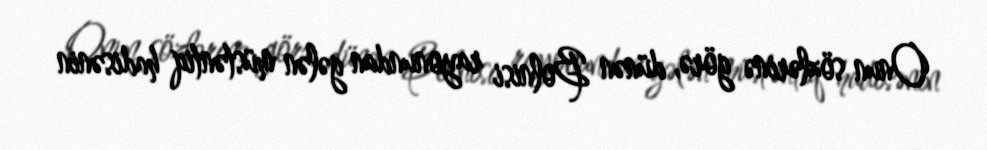
Onun sözlərinə görə, dünən Bolnisi rayonundan gələn müstəntiq hadisənin